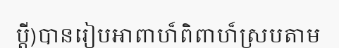
ប្តី)បានរៀបអាពាហ៏ពិពាហ៏ស្របតាម